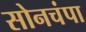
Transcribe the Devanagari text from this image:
सोनचंपा